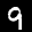
Label: 9